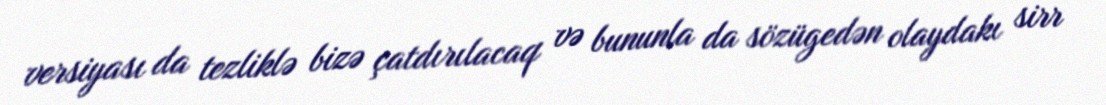
versiyası da tezliklə bizə çatdırılacaq və bununla da sözügedən olaydakı sirr